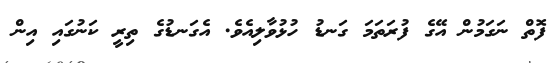
ފޮތް ނަގަމުން އޭގެ ފުރަތަމަ ގަނޑު ހުޅުވާލިއެވެ. އެގަނޑުގެ ތިރީ ކަނުގައި އިން